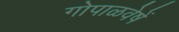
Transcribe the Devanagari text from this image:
गोपाळवेषें